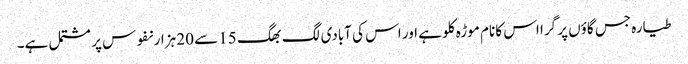
طیارہ جس گاؤں پر گرا اس کا نام موڑہ کلو ہے اور اس کی آبادی لگ بھگ 15 سے 20 ہزار نفوس پر مشتمل ہے۔